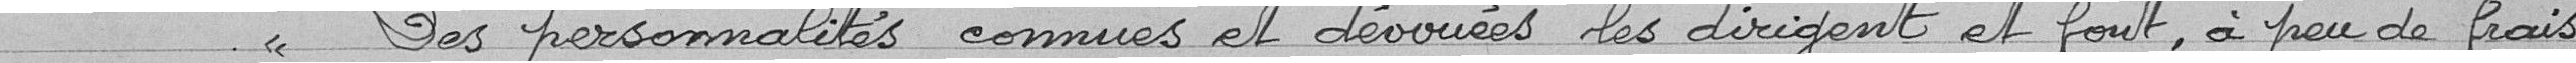
Des personnalités connues et dévouées les dirigent et font, à peu de frais